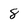
Character: 8